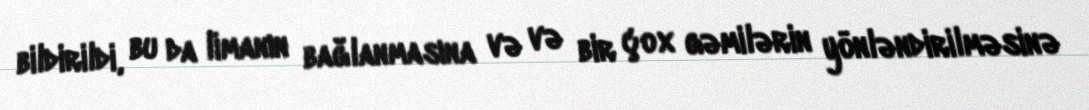
bildirildi, bu da limanın bağlanmasına və və bir çox gəmilərin yönləndirilməsinə